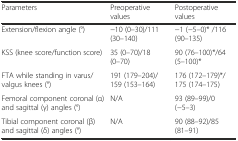
| Parameters | Preoperative values | Postoperative values |
 | --- | --- | --- |
 | Extension/flexion angle (°) | −10 (0–30)/111 (30–140) | −1 (−5–0)* /116 (90–135) |
 | KSS (knee score/function score) | 35 (0–70)/18 (0–70) | 90 (76–100)*/64 (5–100)* |
 | FTA while standing in varus/valgus knees (°) | 191 (179–204)/159 (153–164) | 176 (172–179)*/175 (174–175) |
 | Femoral component coronal (α) and sagittal (γ) angles (°) | N/A | 93 (89–99)/0 (−5–3) |
 | Tibial component coronal (β) and sagittal (δ) angles (°) | N/A | 90 (88–92)/85 (81–91) |